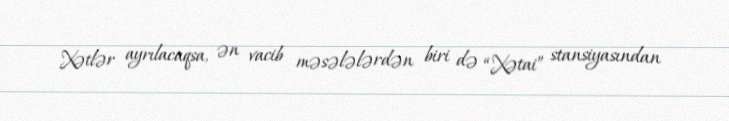
Xətlər ayrılacaqsa, ən vacib məsələlərdən biri də “Xətai” stansiyasından